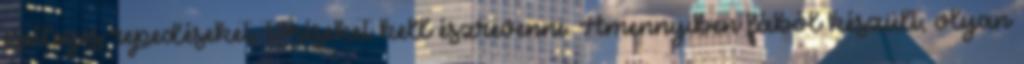
esetleges repedéseket, töréseket kell észrevenni. Amennyiben fából készült, olyan